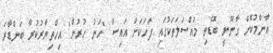
އާންމުކޮށް ގާނޫނީ ބޮޑެތި މައްސަލަތަކުގައި ފަހަކަށް އައިސް "ހަނު ހުރުން" އިހްތިޔާރުކުރާ ބަންޑާރަ